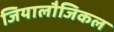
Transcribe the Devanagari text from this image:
जियालौजिकल